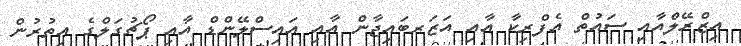
އިޒްރޭލްއާއި ސައުތް އެފްރިކާ އާއި އަޒަރބައިޖާން އާއި އައިސްލޭންޑް އާއި ޕޯޗުގަލްގެ އިތުރުން